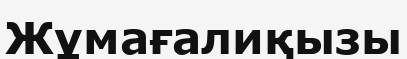
Жұмағалиқызы